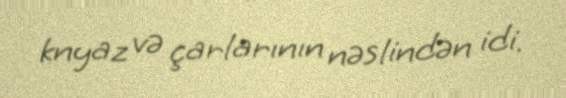
knyaz və çarlarının nəslindən idi.